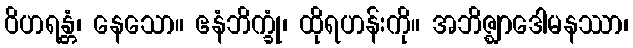
ဝိဟရန္တံ၊ နေသော။ ဧနံဘိက္ခုံ၊ ထိုရဟန်းကို။ အဘိဇ္ဈာဒေါမနဿာ၊